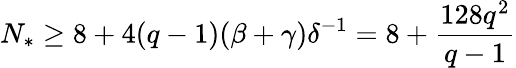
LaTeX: N_{*}\geq 8+4(q-1)(\beta+\gamma)\delta^{-1}=8+\frac{128q^{2}}{q-1}